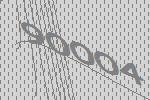
90004